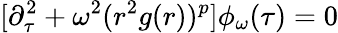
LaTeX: [\partial_{\tau}^{2}+\omega^{2}(r^{2}g(r))^{p}]\phi_{\omega}(\tau)=0